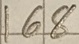
Text: 168